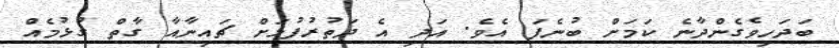
ބަދަހިވެގެންދާނެ ކަމަށް ބުނެފަ އެވެ. އަދި އެ ދަތުރުފުޅަށް ޗައިނާއާ ގާތް ގުޅުމެއް